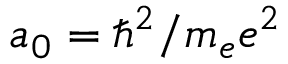
a _ { 0 } = \hbar ^ { 2 } / m _ { e } e ^ { 2 }